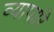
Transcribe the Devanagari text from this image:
व्यापारि